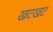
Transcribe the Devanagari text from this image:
खटखट